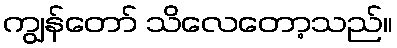
ကျွန်တော် သိလေတော့သည်။